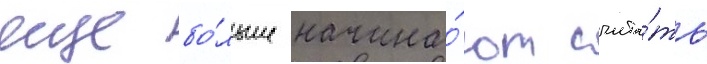
еще бо́льше начина́ют счита́ть